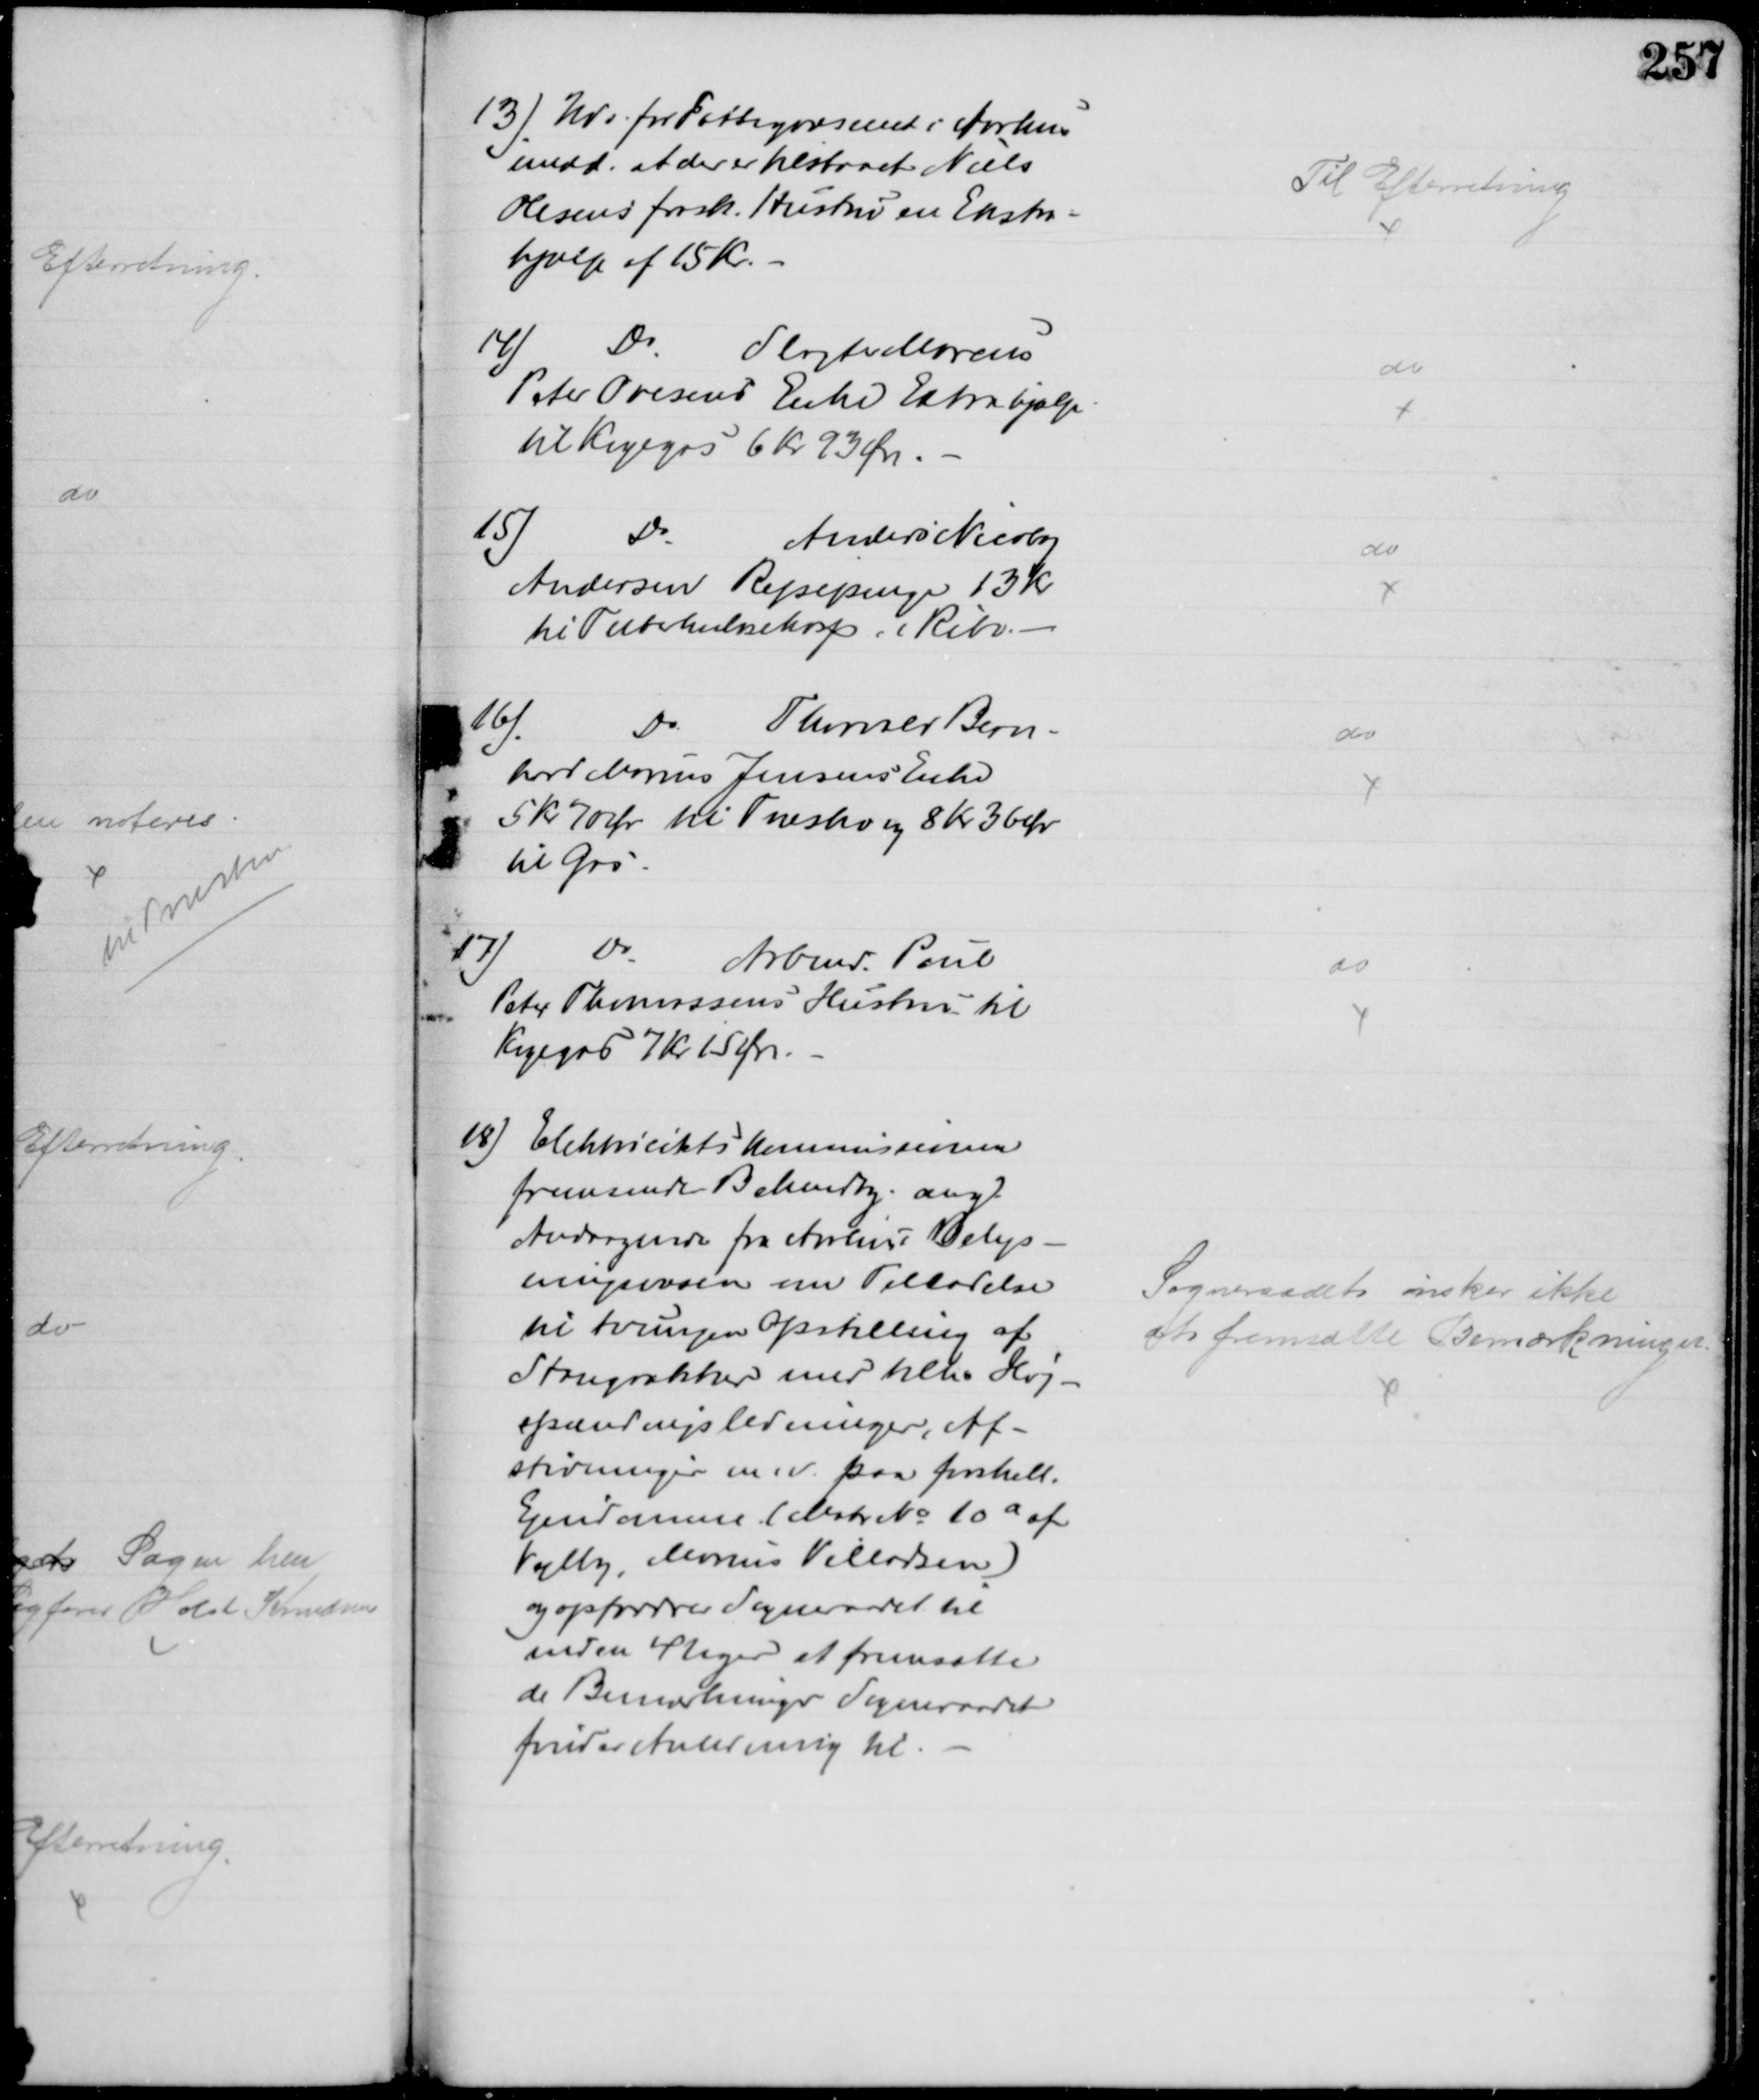
Transskription:
13) Udv. for Fattigvæsenet i Aarhus
medd. at der er tilstaaet Niels
Olesens frask. Hustru en Ekstra-
hjælp af 15 Kr.
Til Efterretning
14)
Do
Slagter Marcus
Peter Ovesens Enke Extrahjælp
til Kogegas 6 Kr 93 Øre.
do
15)
Do
Anders Nicolaj
Andersen Rejsepenge 13 Kr
til Tuberkulosehosp. i Ribe. 
do
16)
Do
Thorvald Bern-
hard Marius Jensens Enke
5 kr 70 Ør til Træsko og 8 Kr 36 Ør
til gas
do
17)
Do
Arbmd. Poul
Peter Thomassens Hustru til 
Kogegas 7 Kr 15 Øre.
do
18) Elektricitetskommissionen
fremsender Bekendtg. ang.
Andragende fra Aarhus Belys-
ningsvæsen om Tilladelse
til tvungen Opstilling af 
Stangrækker med tilh. Høj-
spændingsledninger, Af-
stivninger m.v. paa forskell.
Ejendomme (Matr. № 10a af
Vejlby, Marius Villadsen)
og opfordrer Sogneraadet til
inden 4 Uger at fremsætte
de Bemærkninger Sogneraadet
finder Anledning til
Sogneraadet ønsker ikke
at fremsætte Bemærkninger